Leaving Certificate Examination, 1911
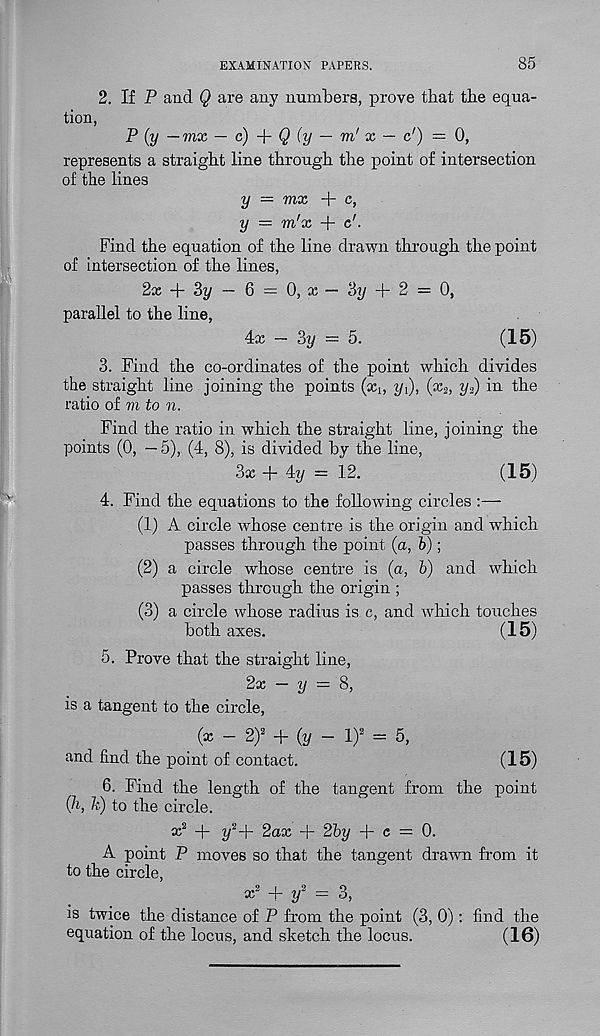
EXAMINATION PAPERS.
85
2. If P and Q are any numbers, prove that the equa-
tion,
P (y — mx — c)
Q (y — m 1 x — c') = 0,
represents a straight line through the point of intersection
of the lines
y — mx + c,
y — m'x + c'.
Find the equation of the line drawn through the point
of intersection of the lines,
2x + 3i/ — 6 = 0, x — 3y + 2 = 0,
parallel to the line,
4:X — 3y — 5.
(15)
3. Find the co-ordinates of the point which divides
the straight line joining the points (x,, yi), (x 2 , y. 2 ) in the
ratio of m to n.
Find the ratio in which the straight line, joining the
points (0, — 5), (4, 8), is divided by the line,
3x + 4y = 12.
(15)
4. Find the equations to the following circles :—
(1) A circle whose centre is the origin and which
passes through the point (a, b);
(2) a circle whose centre is (a, b) and which
passes through the origin ;
(3) a circle whose radius is c, and which touches
both axes.
(15)
5. Prove that the straight line,
2x — y = 8,
is a tangent to the circle,
_ (x - 2) 2 + (y - l) 2 = 5,
and find the point of contact.
(15)
6. Find the length of the tangent from the point
(h, P) to the circle.
v? + y 2 + 2ax + 2by + e = 0.
A point P moves so that the tangent drawn from it
to the circle,
x 2 + y 2 = 3,
is twice the distance of P from the point (3, 0): find the
equation of the locus, and sketch the locus.
(16)